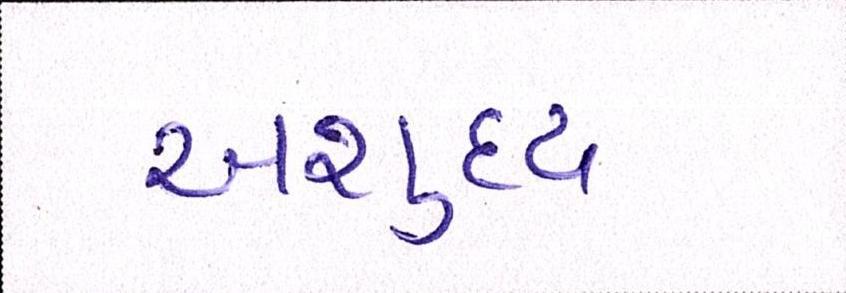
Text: અશુદ્ધ